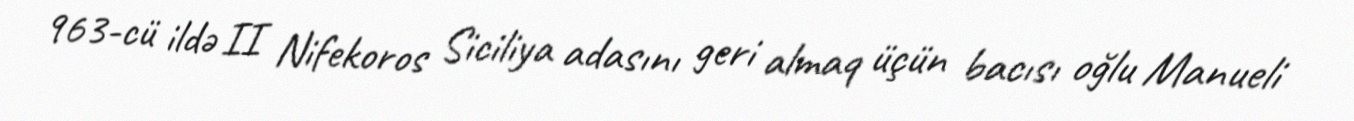
963-cü ildə II Nifekoros Siciliya adasını geri almaq üçün bacısı oğlu Manueli